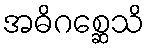
အဓိဂစ္ဆေသိ